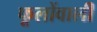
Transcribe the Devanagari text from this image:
फूलोंवाली